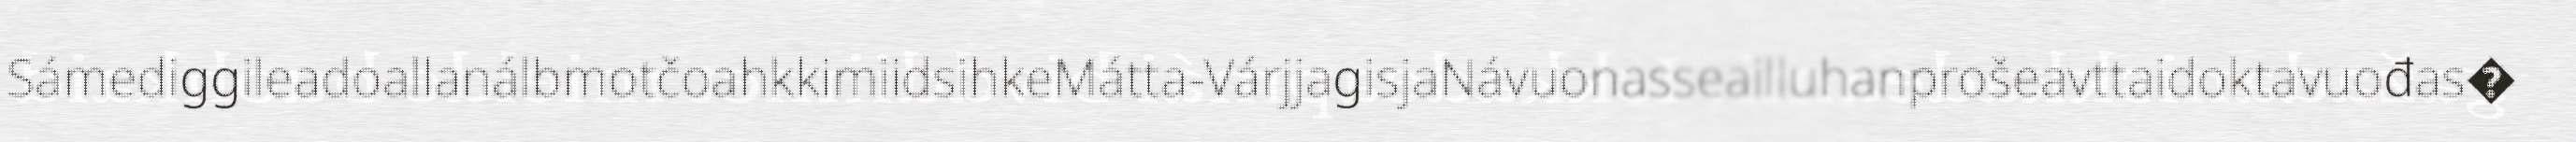
SámediggileadoallanálbmotčoahkkimiidsihkeMátta-VárjjagisjaNávuonasseailluhanprošeavttaidoktavuođas�